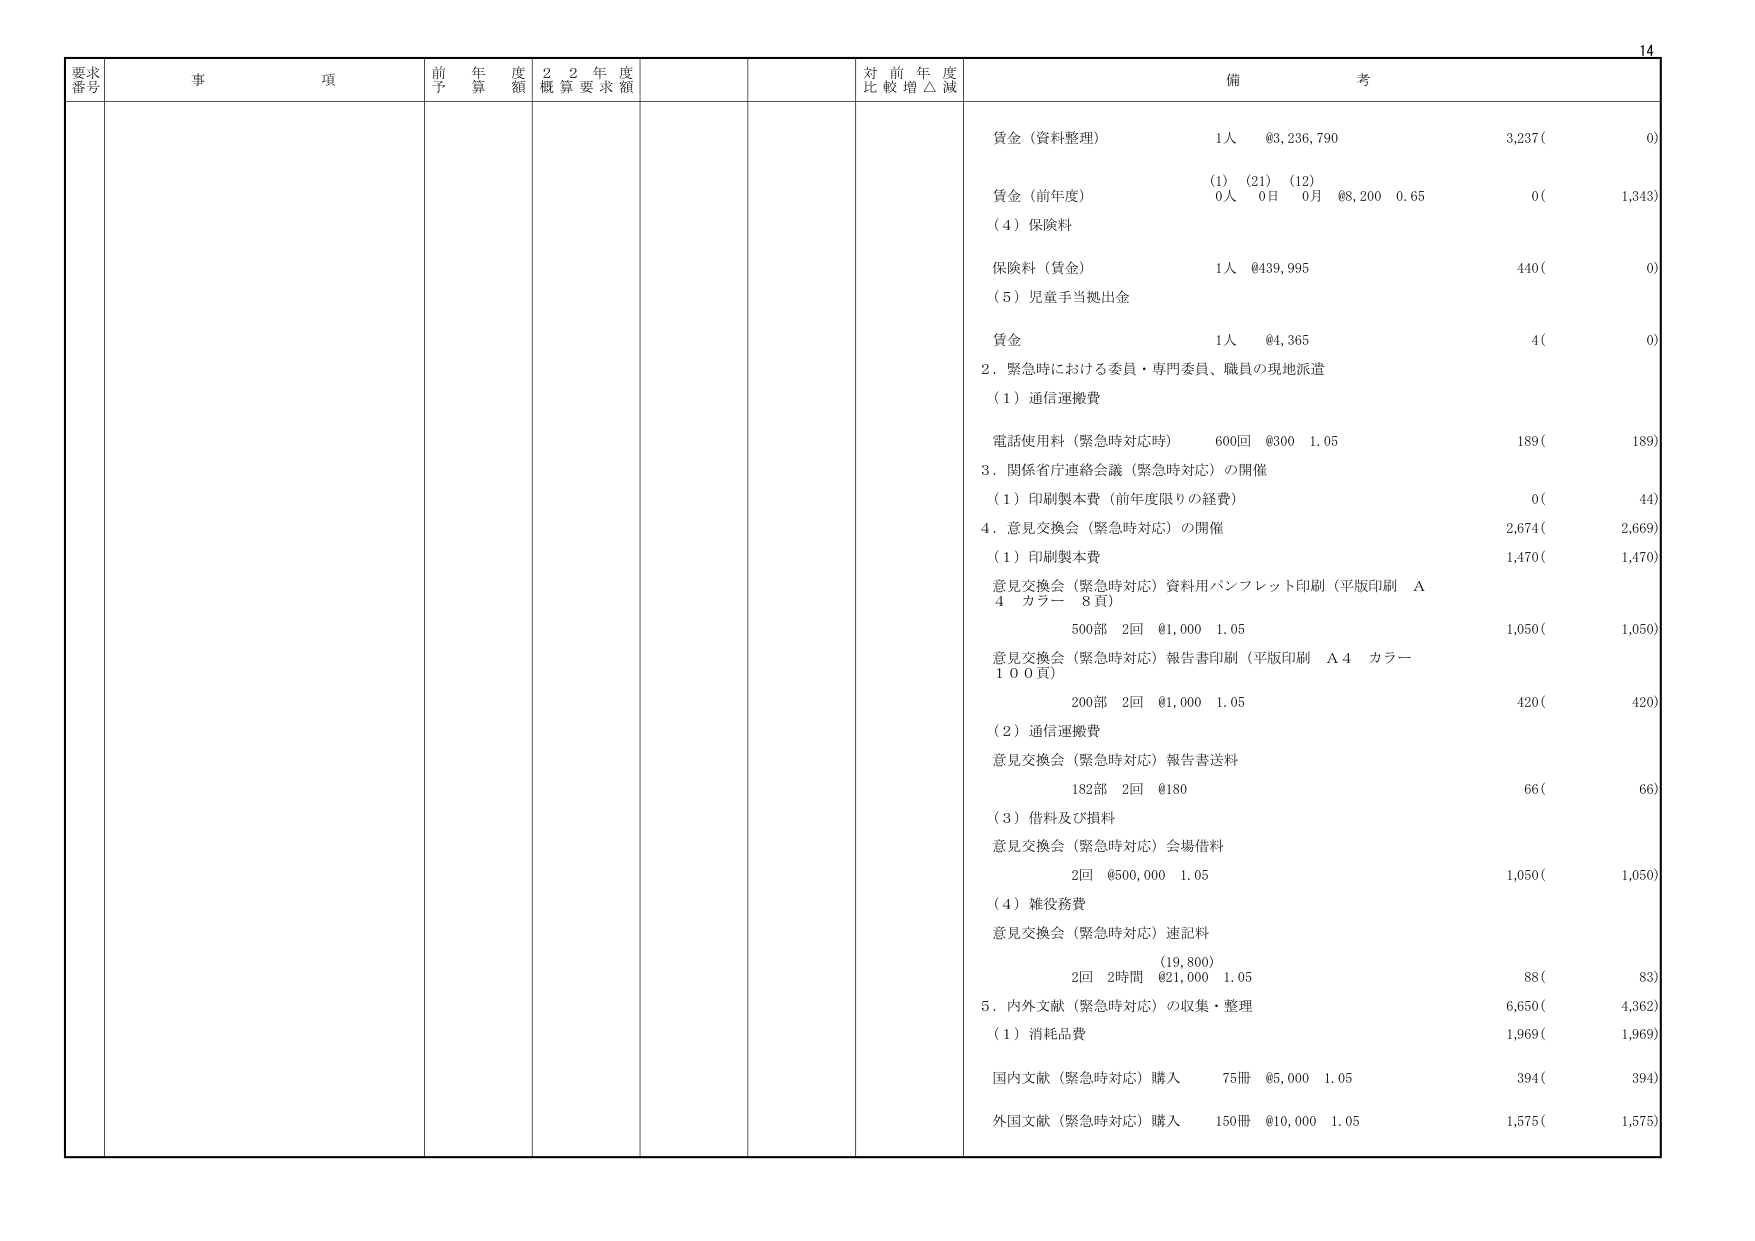
14
要求番号 事項 前年度予算額 22年度概算要求額 対前年度比較増△減 備考
賃金（資料整理） 1人 ¥3,236,790 3,237( 0)
(1) (21) (12)
賃金（前年度） 0人 0日 0月 ¥8,200 0.65 0( 1,343)
(4) 保険料
保険料（賃金） 1人 ¥439,995 440( 0)
(5) 児童手当拠出金
賃金 1人 ¥4,365 4( 0)
2．緊急時における委員・専門委員、職員の現地派遣
(1) 通信運搬費
電話使用料（緊急時対応時） 600回 ¥300 1.05 189( 189)
3．関係省庁連絡会議（緊急時対応）の開催
(1) 印刷製本費（前年度限りの経費） 0( 44)
4．意見交換会（緊急時対応）の開催 2,674( 2,669)
(1) 印刷製本費 1,470( 1,470)
意見交換会（緊急時対応）資料用パンフレット印刷（平版印刷 A4 カラー 8頁）
500部 2回 ¥1,000 1.05 1,050( 1,050)
意見交換会（緊急時対応）報告書印刷（平版印刷 A4 カラー 100頁）
200部 2回 ¥1,000 1.05 420( 420)
(2) 通信運搬費
意見交換会（緊急時対応）報告書送料
182部 2回 ¥180 66( 66)
(3) 借料及び損料
意見交換会（緊急時対応）会場借料
2回 ¥500,000 1.05 1,050( 1,050)
(4) 雑役務費
意見交換会（緊急時対応）速記料
(19,800)
2回 2時間 ¥21,000 1.05 88( 83)
5．内外文献（緊急時対応）の収集・整理 6,650( 4,362)
(1) 消耗品費 1,969( 1,969)
国内文献（緊急時対応）購入 75冊 ¥5,000 1.05 394( 394)
外国文献（緊急時対応）購入 150冊 ¥10,000 1.05 1,575( 1,575)